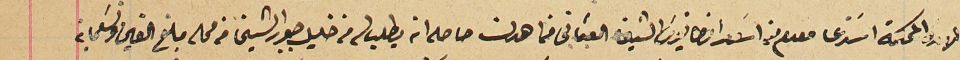
المحكمه استدعا مقدم من اسَعد امطانيوسَ الشيخه العثماني من اهدن حاصله انه يطلب من خليل جبور الشيخا من محله مبلغ الفين وتسَعماية